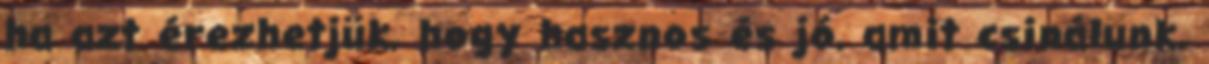
ha azt érezhetjük, hogy hasznos és jó, amit csinálunk.